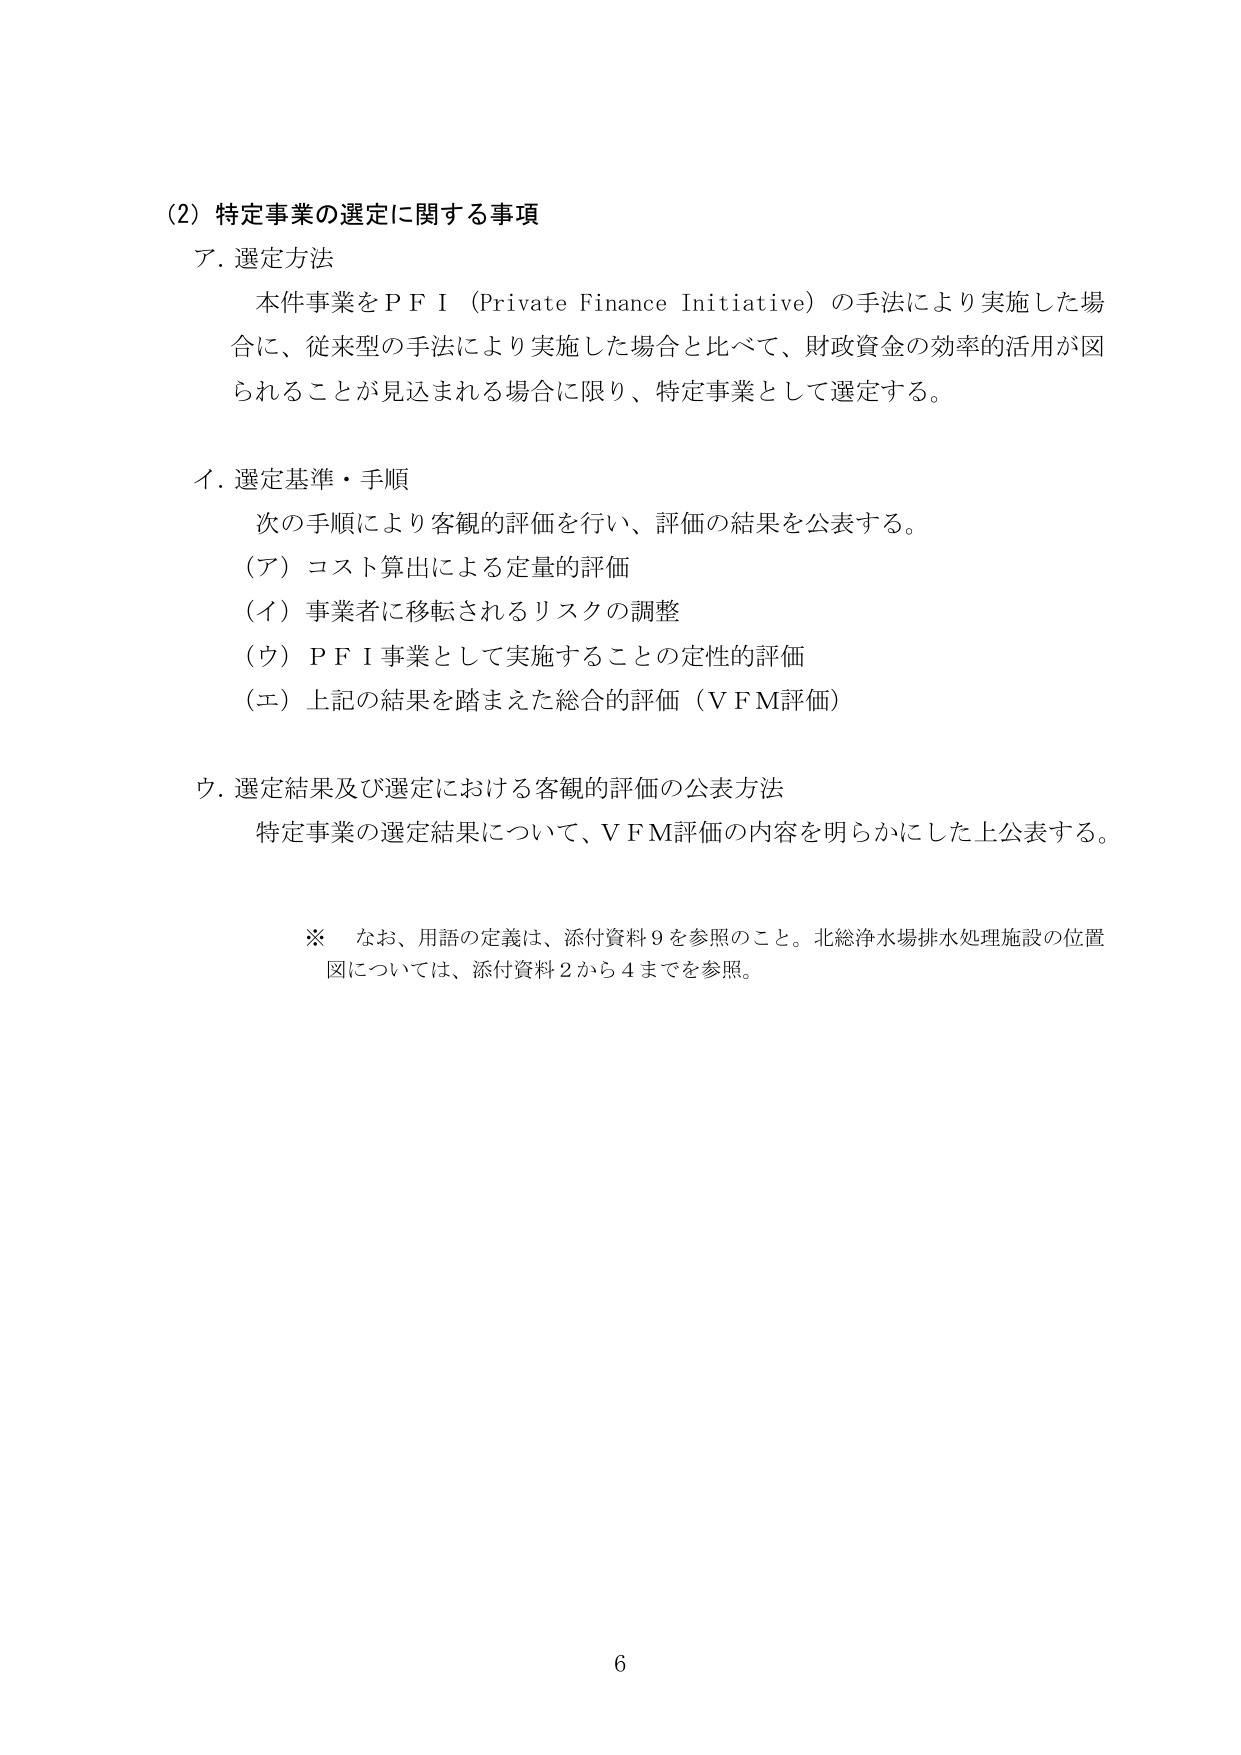
(2) 特定事業の選定に関する事項
ア. 選定方法
　本件事業をＰＦＩ（Private Finance Initiative）の手法により実施した場合に、従来型の手法により実施した場合と比べて、財政資金の効率的活用が図られることが見込まれる場合に限り、特定事業として選定する。

イ. 選定基準・手順
　次の手順により客観的評価を行い、評価の結果を公表する。
　(ア) コスト算出による定量的評価
　(イ) 事業者に移転されるリスクの調整
　(ウ) ＰＦＩ事業として実施することの定性的評価
　(エ) 上記の結果を踏まえた総合的評価（ＶＦＭ評価）

ウ. 選定結果及び選定における客観的評価の公表方法
　特定事業の選定結果について、ＶＦＭ評価の内容を明らかにした上公表する。

※ なお、用語の定義は、添付資料９を参照のこと。北総浄水場排水処理施設の位置図については、添付資料２から４までを参照。

6